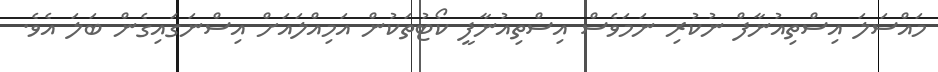
މައްސަލަ އިސްތިއުނާފް ނުކުރި ނަމަވެސް އިސްތިއުނާފީ ކޯޓުތަކުން އަމިއްލައަށް އިސްނަގައިގެން ބަލަ އެވެ.